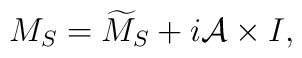
M_S=\widetilde{M}_S+i{\cal A}\times I,